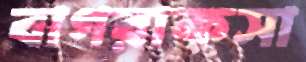
বাগরাকসা